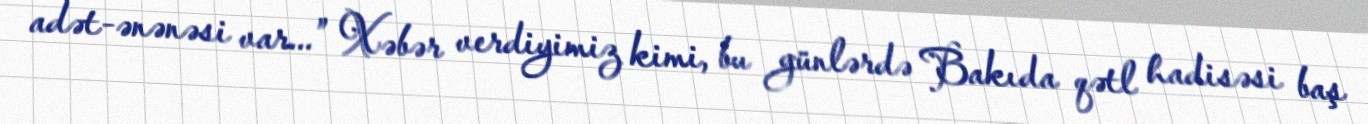
adət-ənənəsi var...” Xəbər verdiyimiz kimi, bu günlərdə Bakıda qətl hadisəsi baş